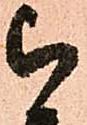
被